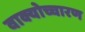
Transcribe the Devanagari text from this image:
वाक्योच्चारण